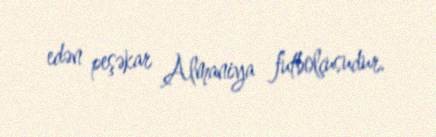
edən peşəkar Almaniya futbolçusudur.